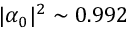
| \alpha _ { 0 } | ^ { 2 } \sim 0 . 9 9 2